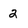
Character: 2